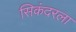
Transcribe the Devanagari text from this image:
सिकंदरला